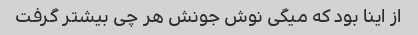
از اینا بود که میگی نوش جونش هر چی بیشتر گرفت